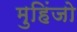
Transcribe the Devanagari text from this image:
मुहिंजो